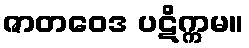
ဇာတဝေဒ ပဋိက္ကမ။